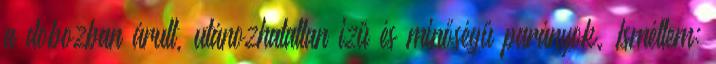
a dobozban árult, utánozhatatlan izű és minőségű parányok. Ismétlem: